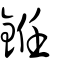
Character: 銋